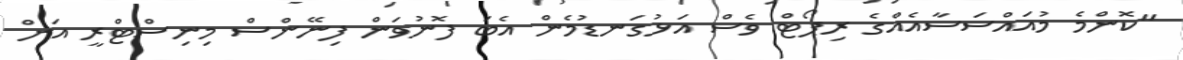
"ކޮންމެ މުއައްސަސާއެއްގެ ރިޕޯޓް ވެސް އަޅުގަނޑުމެން އެބަ ފޮނުވަން ފިނޭންސް މިނިސްޓްރީ އަށް